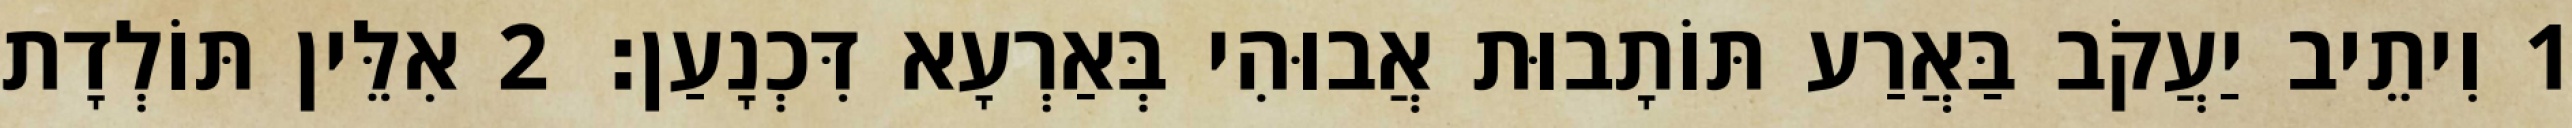
1 וִיתֵיב יַעֲקֹב בַּאֲרַע תּוֹתָבוּת אֲבוּהִי בְּאַרְעָא דִּכְנָעַן׃ 2 אִלֵּין תּוֹלְדָת